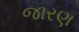
જારણ